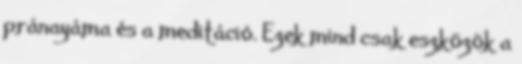
pránayáma és a meditáció. Ezek mind csak eszközök a